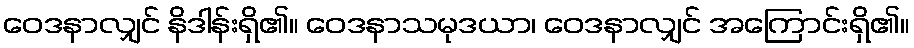
ဝေဒနာလျှင် နိဒါန်းရှိ၏။ ဝေဒနာသမုဒယာ၊ ဝေဒနာလျှင် အကြောင်းရှိ၏။